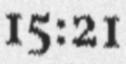
15:21